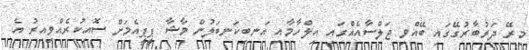
މިރޭ ދަރުބާރުގޭގައި ބޭއްވި ޖަލްސާއެއްގައި އިލްހާމާއި އަނބިކަނބަލުން މާޝާ ޕީޕީއެމަށް ސޮއިކުރެއްވިއިރު އެ